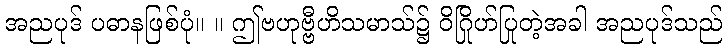
အညပုဒ် ပဓာနဖြစ်ပုံ။ ။ ဤဗဟုဗ္ဗီဟိသမာသ်၌ ဝိဂြိုဟ်ပြုတဲ့အခါ အညပုဒ်သည်